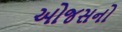
ઓજસનો